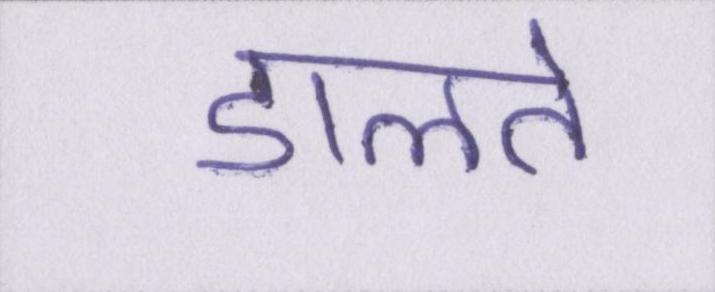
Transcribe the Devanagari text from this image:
डालते